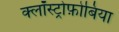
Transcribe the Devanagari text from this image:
क्लॉस्ट्रोफ़ोबिया